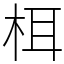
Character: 栮